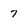
Character: 7